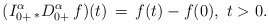
\begin{align*} (I_{0+}^\alpha\, _*D_{0+}^\alpha \, f)(t)\, =\, f(t) - f(0),\ t>0.\end{align*}